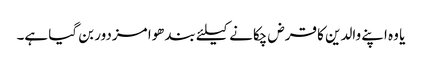
یا وہ اپنے والدین کا قرض چکانے کیلئے بندھوا مزدور بن گیا ہے۔